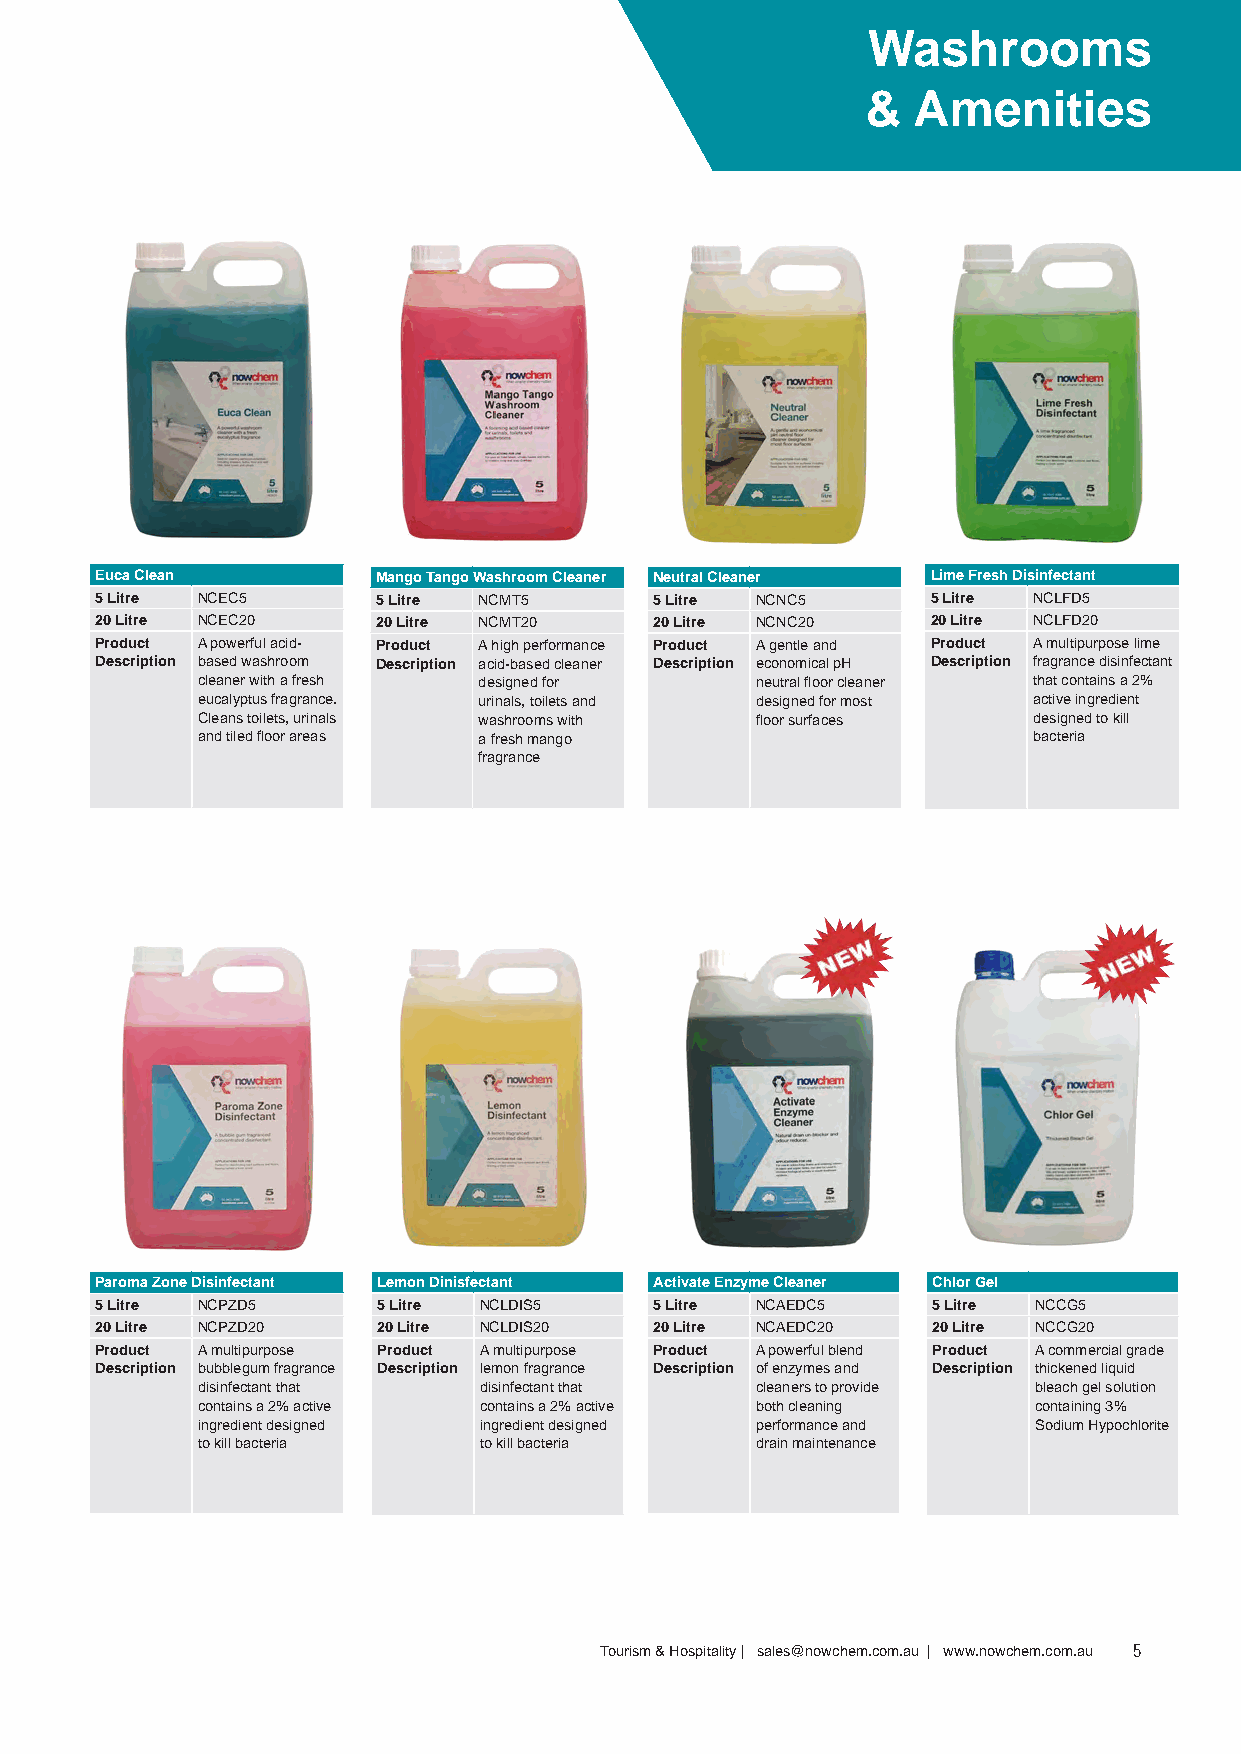
Washrooms
 &  Amenities
 Euca Clean         Mango Tango Washroom Cleaner Neutral Cleaner Lime Fresh Disinfectant
 5 Litre NCEC5      5 Litre NCMT5     5 Litre NCNC5      5 Litre NCLFD5
 20 Litre NCEC20    20 Litre NCMT20   20 Litre NCNC20    20 Litre NCLFD20
 Product A powerful acid- Product A high performance Product A gentle and Product A multipurpose lime
 Description based washroom Description acid-based cleaner Description economical pH Description fragrance disinfectant
 cleaner with a fresh designed for    neutral floor cleaner that contains a 2%
 eucalyptus fragrance. urinals, toilets and designed for most active ingredient
 Cleans toilets, urinals washrooms with floor surfaces  designed to kill
 and tiled floor areas a fresh mango                    bacteria
 fragrance
 Paroma Zone Disinfectant Lemon Dinisfectant Activate Enzyme Cleaner Chlor Gel
 5 Litre NCPZD5     5 Litre NCLDIS5   5 Litre NCAEDC5    5 Litre NCCG5
 20 Litre NCPZD20   20 Litre NCLDIS20 20 Litre NCAEDC20  20 Litre NCCG20
 Product A multipurpose Product A multipurpose Product A powerful blend Product A commercial grade
 Description bubblegum fragrance Description lemon fragrance Description of enzymes and Description thickened liquid
 disinfectant that  disinfectant that cleaners to provide bleach gel solution
 contains a 2% active contains a 2% active both cleaning containing 3%
 ingredient designed ingredient designed performance and Sodium Hypochlorite
 to kill bacteria   to kill bacteria  drain maintenance
 Tourism & Hospitality | sales@nowchem.com.au | www.nowchem.com.au 5